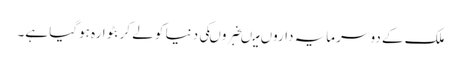
ملک کے دو سرمایہ داروں میںخبروںکی دنیا کو لے کر بٹوارہ ہوگیا ہے۔